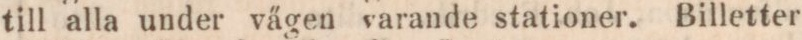
till alla under vägen varande stationer. Billetter